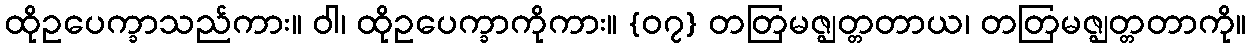
ထိုဥပေက္ခာသည်ကား။ ဝါ၊ ထိုဥပေက္ခာကိုကား။ {၀၇} တတြမဇ္ဈတ္တတာယ၊ တတြမဇ္ဈတ္တတာကို။